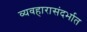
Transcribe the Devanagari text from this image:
व्यवहारासंदर्भात